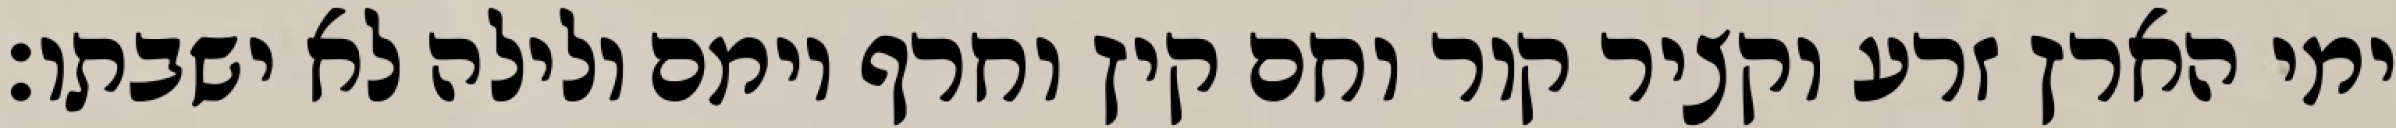
ימי הארץ זרע וקציר קור וחם קיץ וחרף יומם ולילה לא ישבתו׃